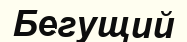
Бегущий